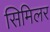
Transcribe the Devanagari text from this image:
सिमिलर